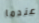
عندما